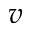
v